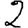
Digit: 2